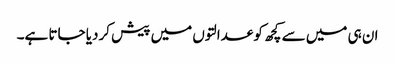
ان ہی میں سے کچھ کو عدالتوں میں پیش کردیا جاتا ہے۔